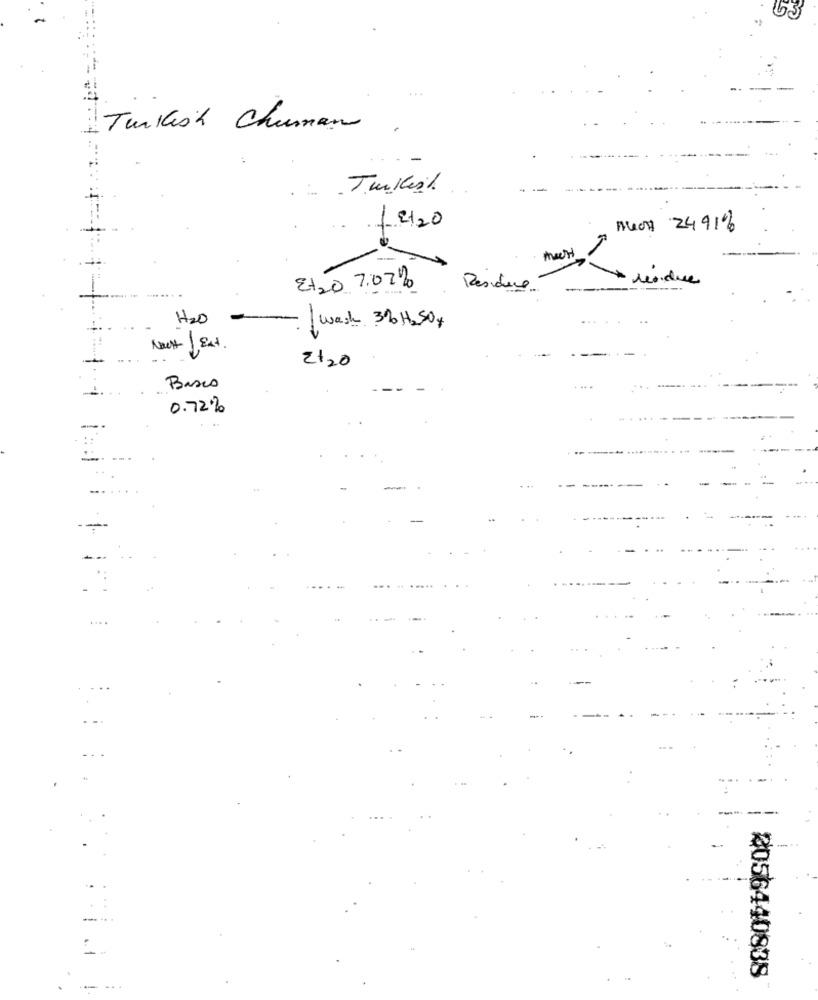
63
Turkish Chuman
Turkish
12120
Nuon 2491%
meest
* residue
Et20 7.07%
H2o
-
wash 316 H2 SO4
Nact / Ext.
2+20
Basis
....
0.72%
----
2056440838
-